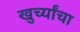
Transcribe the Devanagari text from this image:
खुर्च्यांचा